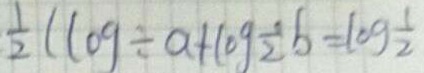
\frac { 1 } { 2 } ( 1 0 g \div a + 1 0 g \frac { 1 } { 2 } b = 1 0 g \frac { 1 } { 2 }